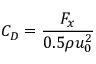
C _ { D } = \frac { F _ { x } } { 0 . 5 \rho u _ { 0 } ^ { 2 } }